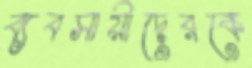
ব্যবসায়ীদেরকে